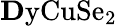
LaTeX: \mathrm{{\mathbf Dy}CuSe_{2}}